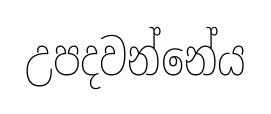
උපදවන්නේය